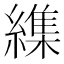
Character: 䌖